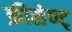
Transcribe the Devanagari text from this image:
क्रीसेण्ट्